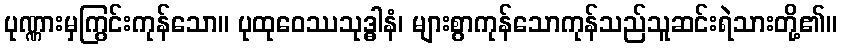
ပုဏ္ဏားမှကြွင်းကုန်သော။ ပုထုဝေဿသုဒ္ဓါနံ၊ များစွာကုန်သောကုန်သည်သူဆင်းရဲသားတို့၏။